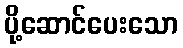
ပို့ဆောင်ပေးသော